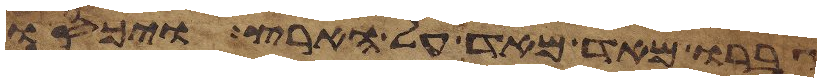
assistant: גברו מאד מאד על הארץ ויכסו